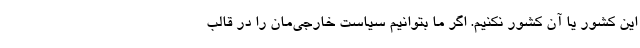
این کشور یا آن کشور نکنیم. اگر ما بتوانیم سیاست خارجی‌مان را در قالب